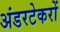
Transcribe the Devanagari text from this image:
अंडरटेकरों